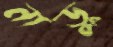
নাড়ু